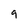
Character: 9